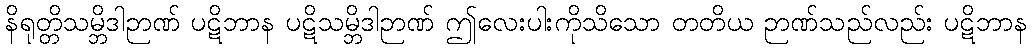
နိရုတ္တိသမ္ဘိဒါဉာဏ် ပဋိဘာန ပဋိသမ္ဘိဒါဉာဏ် ဤလေးပါးကိုသိသော တတိယ ဉာဏ်သည်လည်း ပဋိဘာန